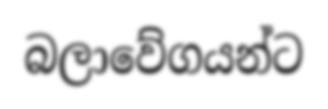
බලාවේගයන්ට